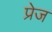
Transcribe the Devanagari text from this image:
प्रेज